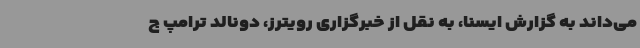
می‌داند به گزارش ایسنا، به نقل از خبرگزاری رویترز، دونالد ترامپ ج